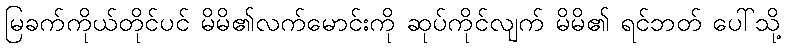
မြခက်ကိုယ်တိုင်ပင် မိမိ၏လက်မောင်းကို ဆုပ်ကိုင်လျက် မိမိ၏ ရင်ဘတ် ပေါ်သို့